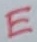
Text: E